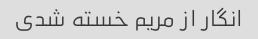
انگار از مریم خسته شدی